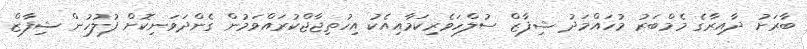
ބާރަށު ދާއިރާގެ މެމްބަރު މުހައްމަދު ޝިފާޒް ސުލްހަވެރިކަމާއިއެކު އިހުތިޖާޖްކުރައްވަމުން ގެންދަވަނިކޮށް ފުލުހުން ޝިފާޒް